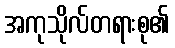
အကုသိုလ်တရားစု၏